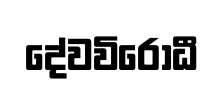
දේවවිරෝධී